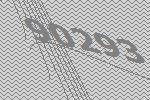
90293